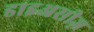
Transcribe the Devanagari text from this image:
डाइअसीज़